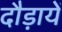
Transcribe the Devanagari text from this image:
दौड़ायें